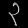
Digit: ၃